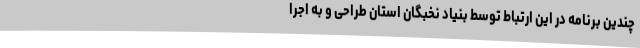
چندین برنامه در این ارتباط توسط بنیاد نخبگان استان طراحی و به اجرا